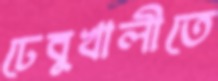
ঢেবুখালীতে